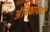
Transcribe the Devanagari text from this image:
अंबिकापथी